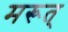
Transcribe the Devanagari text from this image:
मरूत्